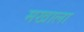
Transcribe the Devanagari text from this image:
मखाला